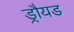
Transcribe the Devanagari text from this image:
ड्रौयड